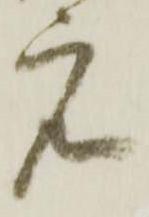
元